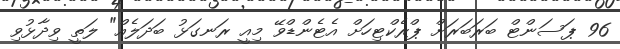
96 ޕަސަންޓް ބަރަބަރަށް ޕްރެކްޓިހަށް އެޓެންޑްވޭ މިއީ ރަނގަޅު ބަދަލެއް" ލަތީ ވިދާޅުވި